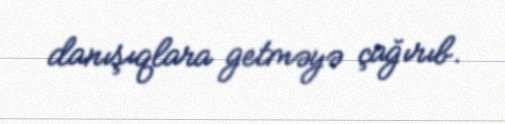
danışıqlara getməyə çağırıb.